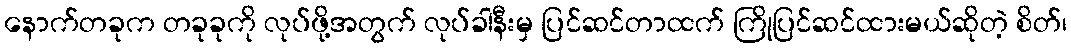
နောက်တခုက တခုခုကို လုပ်ဖို့အတွက် လုပ်ခါနီးမှ ပြင်ဆင်တာထက် ကြိုပြင်ဆင်ထားမယ်ဆိုတဲ့ စိတ်၊